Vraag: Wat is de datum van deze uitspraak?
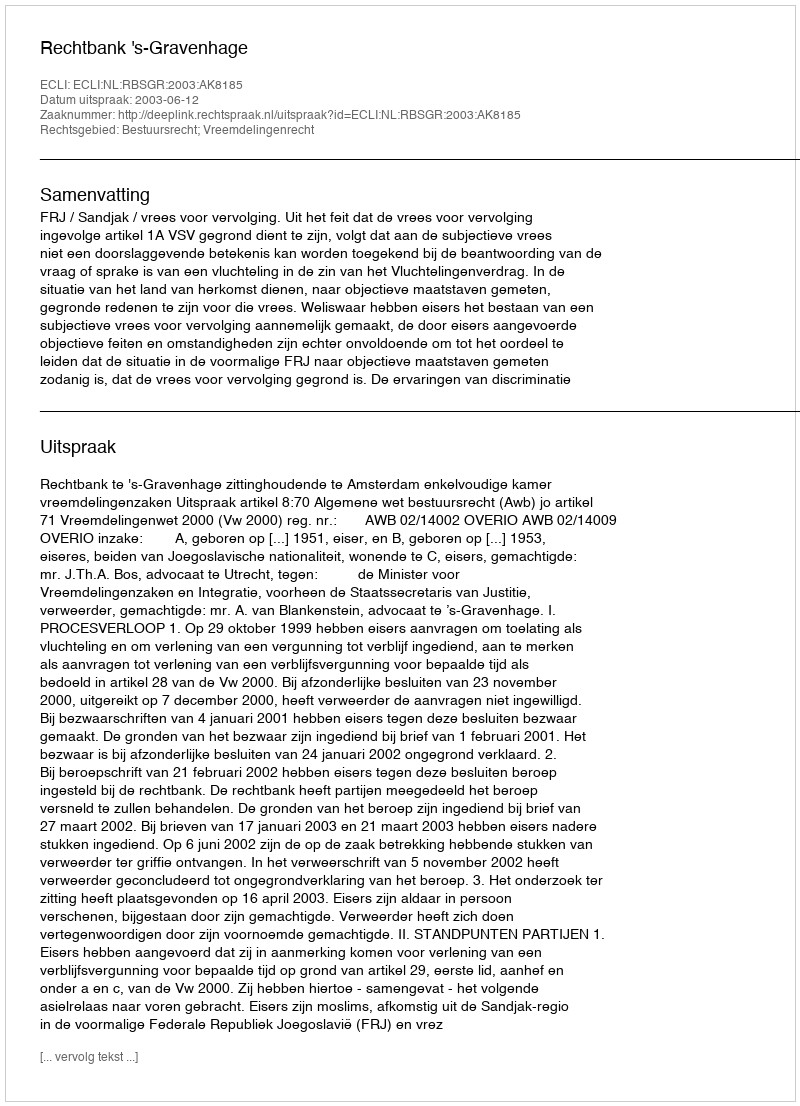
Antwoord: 2003-06-12